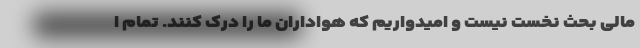
مالی بحث نخست نیست و امیدواریم که هواداران ما را درک کنند. تمام ا